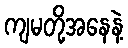
ကျမတို့အနေနဲ့